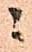
ニ